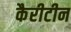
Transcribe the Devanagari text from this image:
कैरीटीन